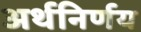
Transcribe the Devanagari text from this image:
अर्थनिर्णय